Report on enteric fever
Disease focus: Fever
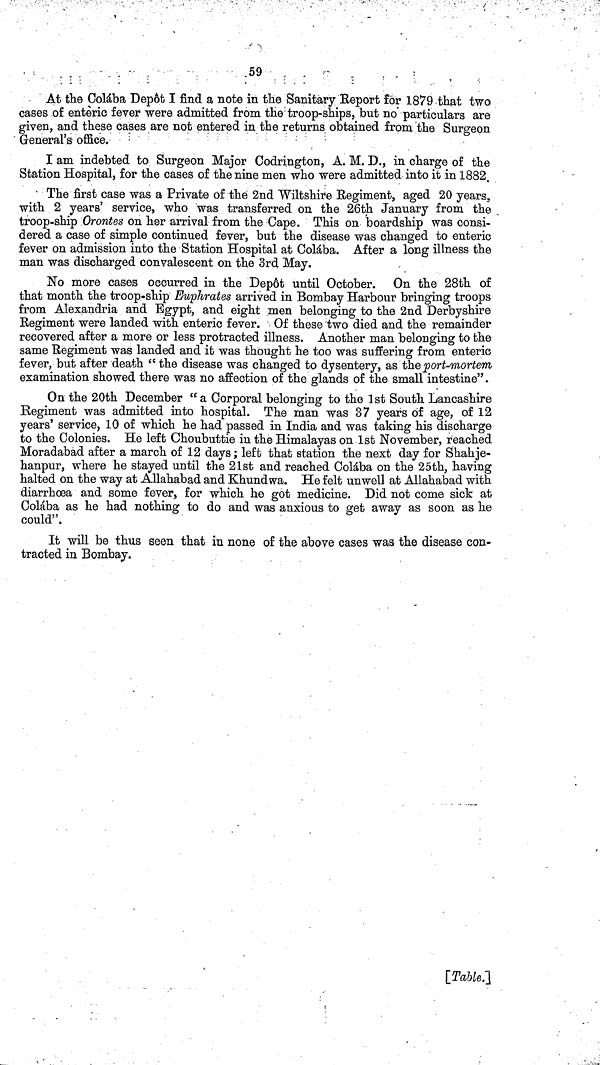
59
At the Colába Depôt I find a note in the Sanitary Report for 1879 that two
cases of enteric fever were admitted from the troop ships, but no particulars are
given, and these cases are not entered in the returns obtained from the Surgeon
General's office.
I am indebted to Surgeon Major Codrington, A. M. D., in charge of the
Station Hospital, for the cases of the nine men who were admitted into it in 1882.
The first case was a Private of the 2nd Wiltshire Regiment, aged 20 years,
with 2 years' service, who was transferred on the 26th January from the
troop ship Orontes on her arrival from the Cape. This on boardship was consi-
dered a case of simple continued fever, but the disease was changed to enteric
fever on admission into the Station Hospital at Colába. After a long illness the
man was discharged convalescent on the 3rd May.
No more cases occurred in the Dep6t until October. On the 28th of
that month the troop ship Euphrates arrived in Bombay Harbour bringing troops
from Alexandria and Egypt, and eight men belonging to the 2nd Derbyshire
Regiment were landed with enteric fever. Of these two died and the remainder
recovered after a more or less protracted illness. Another man belonging to the
same Regiment was landed and it was thought he too was suffering from enteric
fever, but after death "the disease was changed to dysentery, as the port mortem
examination showed there was no affection of the glands of the small intestine".
On the 20th December "a Corporal belonging to the 1st South Lancashire
Regiment was admitted into hospital. The man was 37 years of age, of 12
years' service, 10 of which he had passed in India and was taking his discharge
to the Colonies. He left Choubuttie in the Himalayas on 1st November, reached
Moradabad after a march of 12 days; left that station the next day for Shahje
hanpur, where he stayed until the 21st and reached Colába on the 25th, having
halted on the way at Allahabad and Khundwa. He felt unwell at Allahabad with
diarrhoea and some fever, for which he got medicine. Did not come sick at
Colába as he had nothing to do and was anxious to get away as soon as he
could".
It will be thus seen that in none of the above cases was the disease con-
tracted in Bombay.
[Table.]